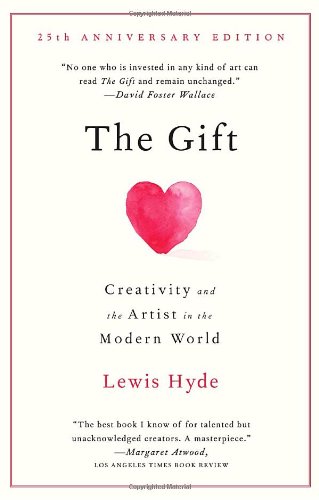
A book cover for The Gift: Creativity and the Artist in the Modern World; Lewis Hyde; Literature & Fiction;